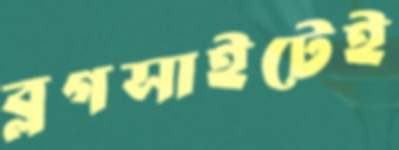
ব্লগসাইটেই